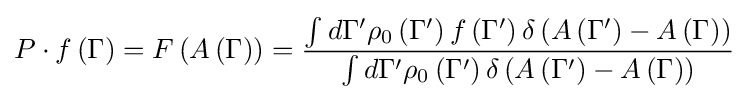
P\cdot f\left(\Gamma \right)=F\left(A\left(\Gamma \right)\right)={\frac {\int d\Gamma ^{\prime }\rho _{0}\left(\Gamma ^{\prime }\right)f\left(\Gamma ^{\prime }\right)\delta \left(A\left(\Gamma ^{\prime }\right)-A\left(\Gamma \right)\right)}{\int d\Gamma ^{\prime }\rho _{0}\left(\Gamma ^{\prime }\right)\delta \left(A\left(\Gamma ^{\prime }\right)-A\left(\Gamma \right)\right)}}